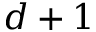
d + 1